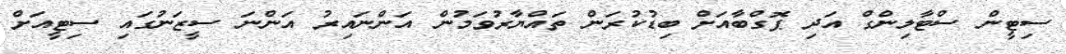
ސިޓީން ސްޓާލިންގް އަދި ޕޮގްބާއަށް ބިޑުކުރަން ތައްޔާރުވަމުން އަންނައިރު އަންނަ ސީޒަނުގައި ސިޓީއަށް